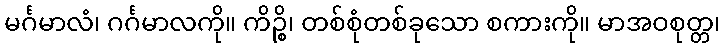
မင်္ဂမာလံ၊ ဂင်္ဂမာလကို။ ကိဉ္စိ၊ တစ်စုံတစ်ခုသော စကားကို။ မာအဝစုတ္တ၊